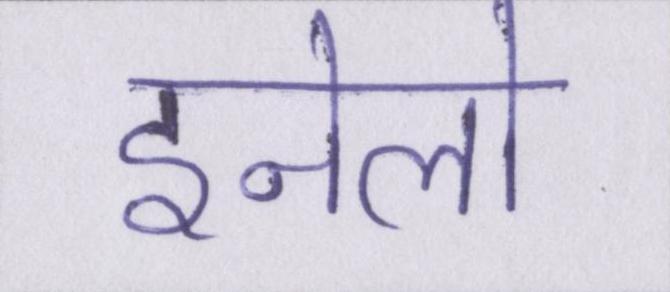
इनेलो